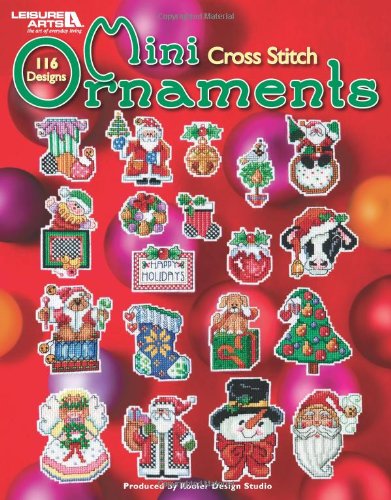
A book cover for Mini Cross Stitch Ornaments  (Leisure Arts #4611); Kooler Design Studio; Crafts, Hobbies & Home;